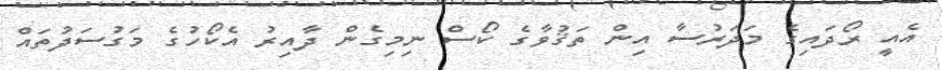
އެއީ ރޯދައިގެ މަދަރުސާ އިން ތަޤުވާގެ ކޯސް ނިމިގެން ދާއިރު އެކޯހުގެ މަގުސަދުތައް